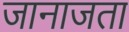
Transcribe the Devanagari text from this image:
जानाजता